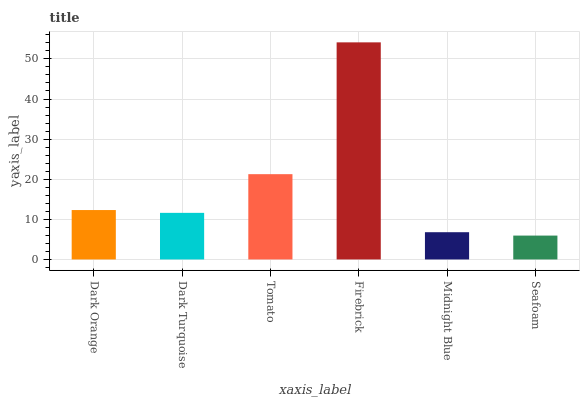
| xaxis_label | bars |
 | --- | --- |
 | Dark Orange | 12.3 |
 | Dark Turquoise | 11.6 |
 | Tomato | 21.3 |
 | Firebrick | 54.1 |
 | Midnight Blue | 6.79 |
 | Seafoam | 5.95 |